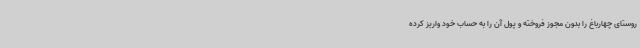
روستای چهارباغ را بدون مجوز فروخته و پول آن را به حساب خود واریز کرده